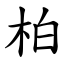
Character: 柏